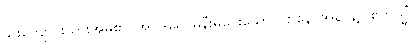
နွားကျောင်းသားအိမ်၏။ အဝိဒူရေ၊ မနီးမဝေးသော။ ဌာနေ၊ အရပ်၌။ ဧကသ္မိံ၊